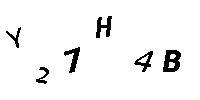
Y27H4B